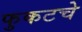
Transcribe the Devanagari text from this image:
फुकटचे